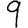
Digit: 9